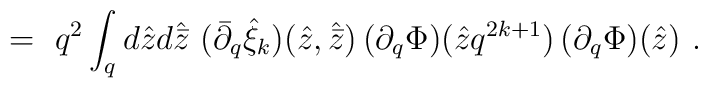
\ =\ q^2 \int_q d{\hat z}d{\hat{\bar z}}\ ({\bar \partial}_q {\hat\xi}_k )({\hat z},{\hat{\bar z}})\, (\partial_q \Phi )({\hat z}q^{2k+1})\,(\partial_q \Phi )({\hat z})\ .